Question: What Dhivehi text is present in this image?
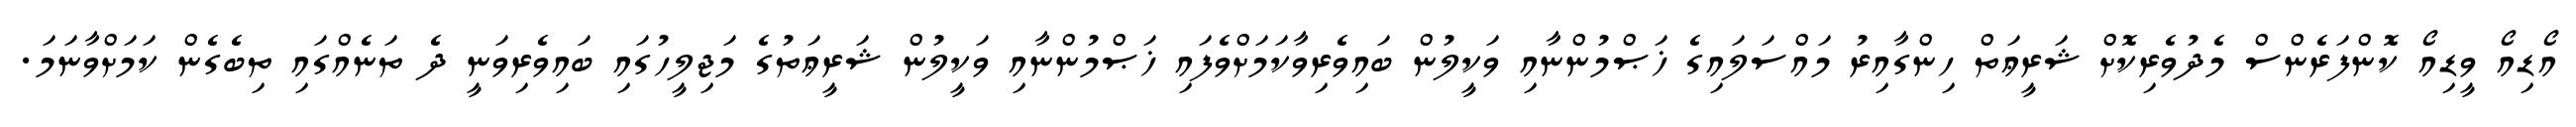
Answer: އޯޑިއޯ ވީޑިއޯ ކޮންފަރެންސް މެދުވެރިކޮށް ޝަރީޢަތް ހިންގާއިރު މައްސަލައިގެ ޚަޞްމުންނާއި ވަކީލުން ބައިވެރިވާކަމަށްވެފައި ޚަޞްމުންނާއި ވަކީލުން ޝަރީޢަތުގެ މަޖިލީހުގައި ބައިވެރިވަނީ ދެ ތަނެއްގައި ތިބެގެން ކަމަށްވާނަމަ.